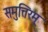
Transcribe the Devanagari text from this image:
समुत्तिरम्